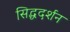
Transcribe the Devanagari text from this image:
सिद्धदर्शन